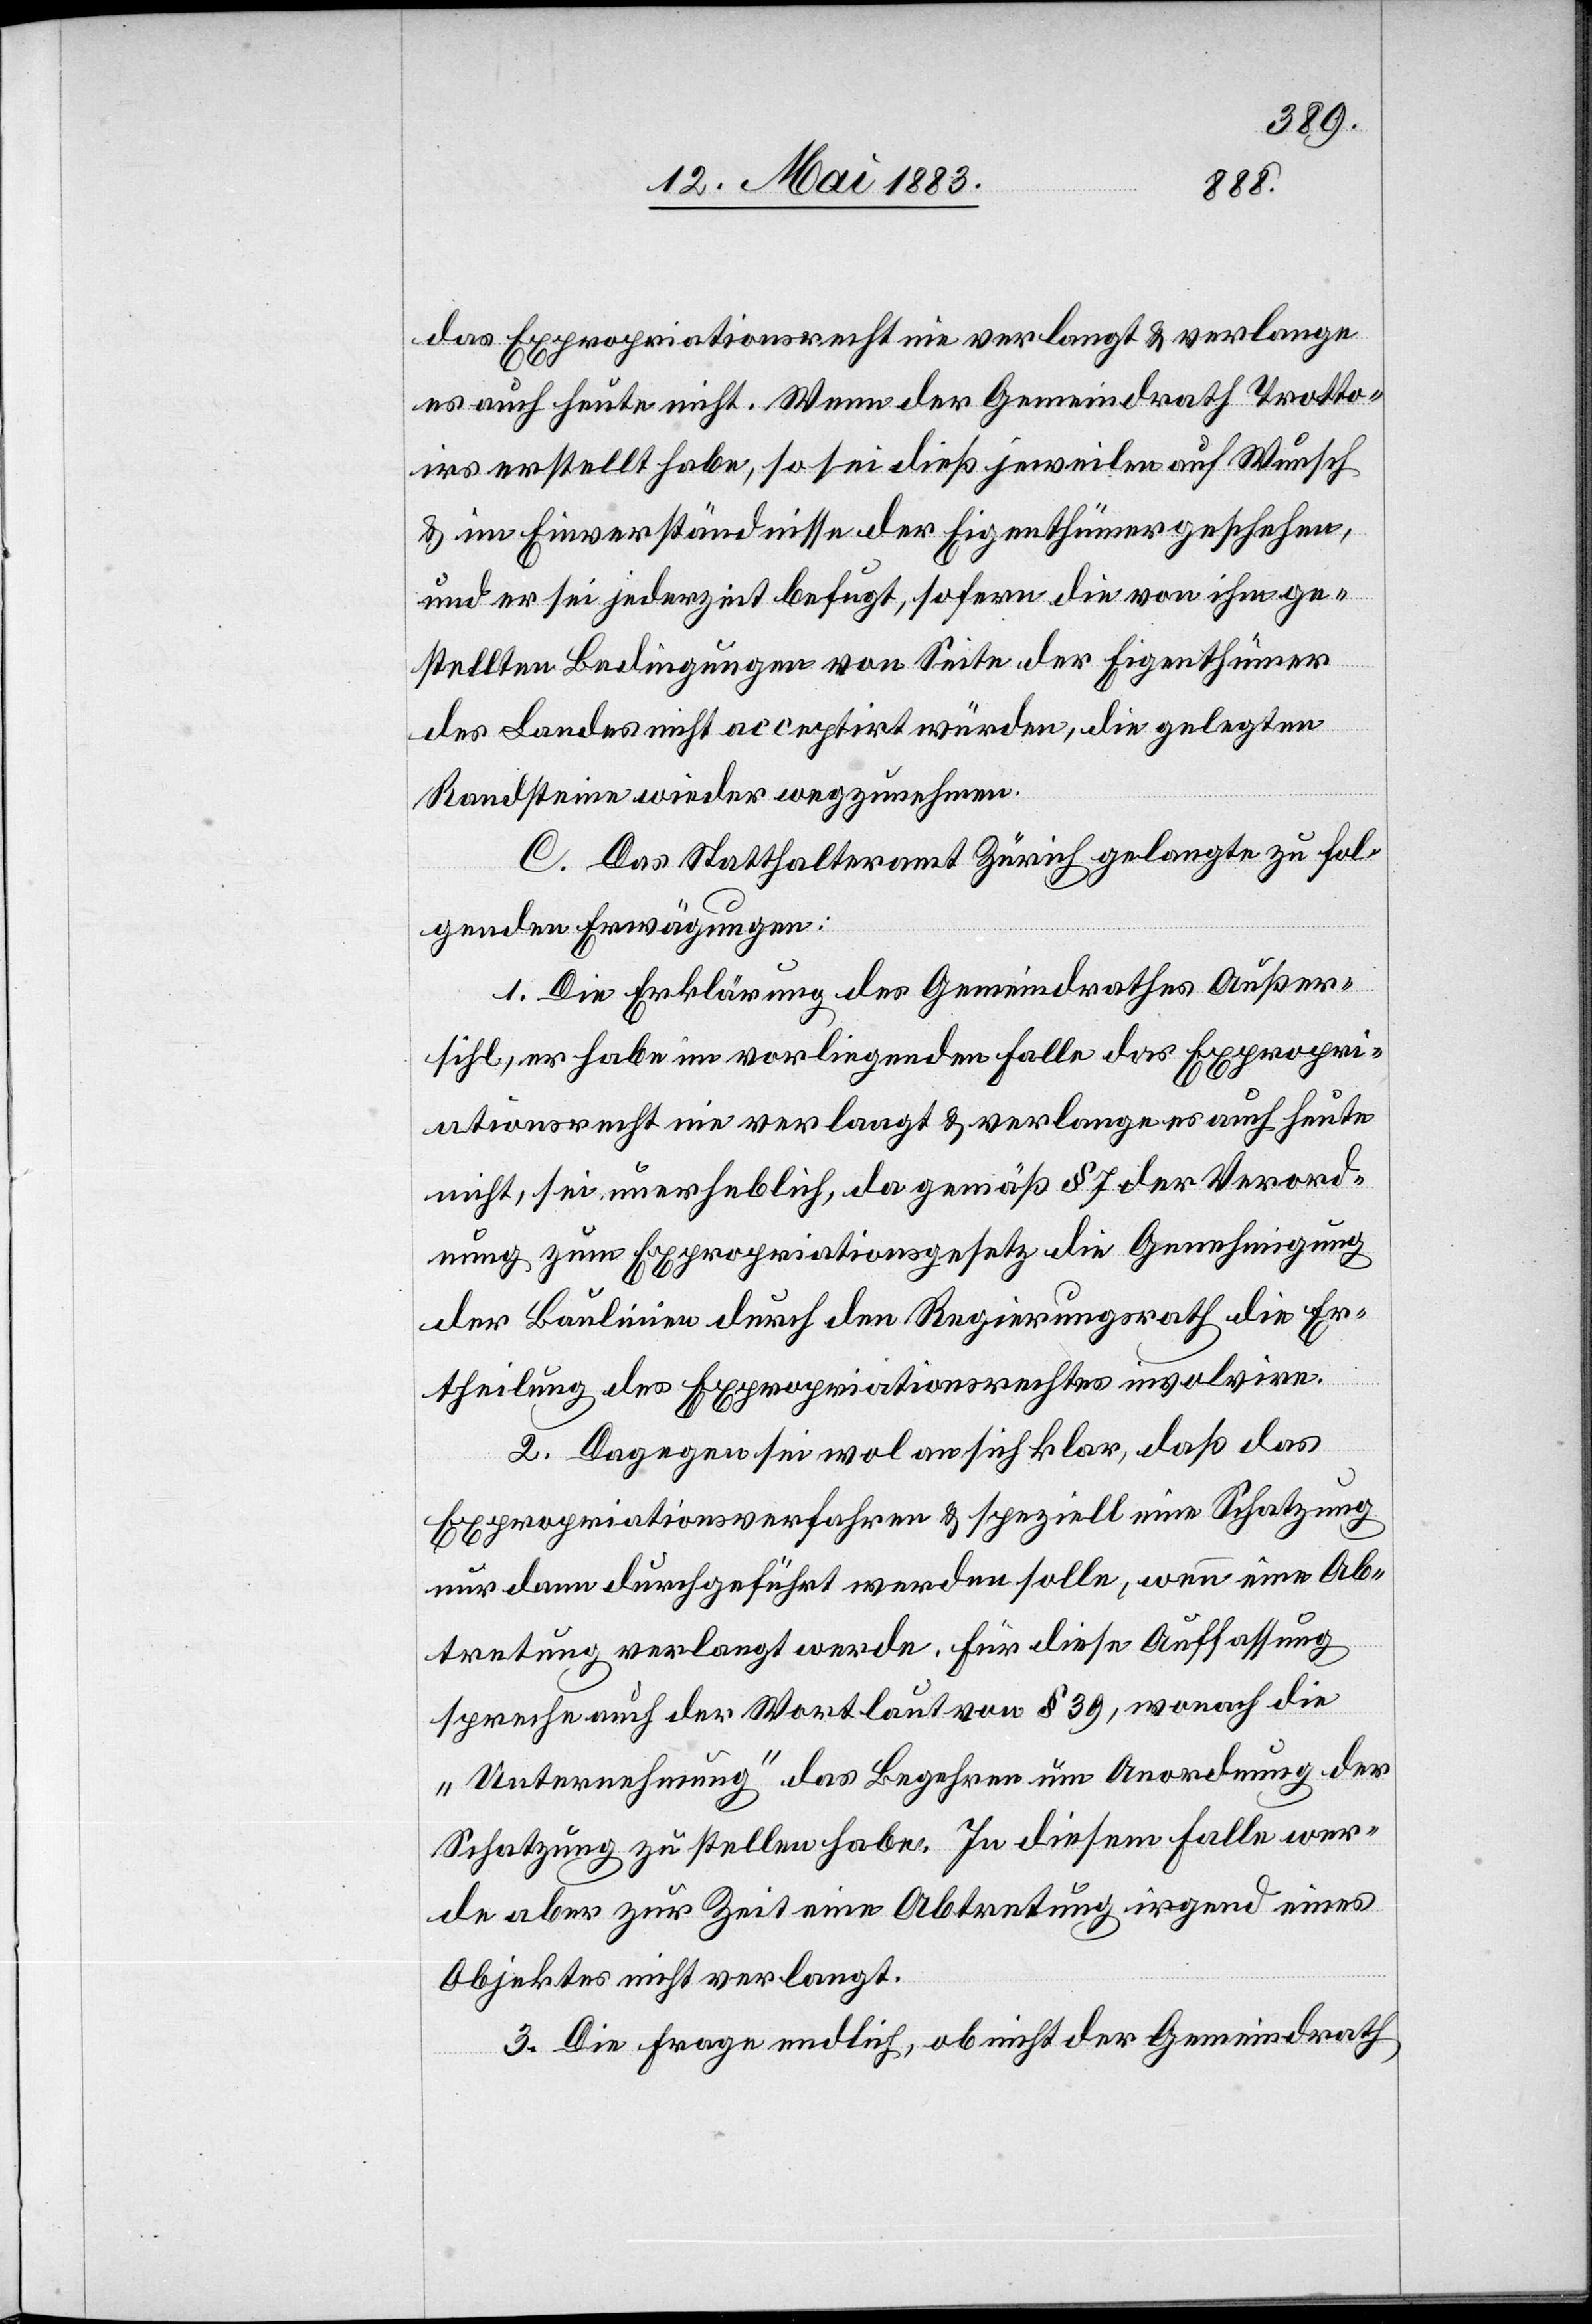
das Expropriationsrecht nie verlangt & verlange
es auch heute nicht. Wenn der Gemeindrath Trotto¬
irs erstellt habe, so sei dieß jeweilen auf Wunsch
& im Einverständnisse der Eigenthümer geschehen,
und er sei jederzeit befugt, sofern die von ihm ge¬
stellten Bedingungen von Seite der Eigenthümer
des Landes nicht acceptirt würden, die gelegten
Randsteine wieder wegzunehmen.
C. Das Statthalteramt Zürich gelangte zu fol¬
genden Erwägungen:
1. Die Erklärung des Gemeindrathes Außer¬
sihl, er habe im vorliegenden Falle das Expropri¬
ationsrecht nie verlangt & verlange es auch heute
nicht, sei unerheblich, da gemäß § 7 der Verord¬
nung zum Expropriationsgesetz an die Genehmigung
der Baulinie durch den Regierungsrath die Er¬
theilung des Expropriationsrechtes involvire.
2. Dagegen sei wol an sich klar, daß das
Expropriationsverfahren & speziell eine Schatzung
nur dann durchgeführt werden solle, wenn eine Ab¬
tretung verlangt werde. Für diese Auffassung
spreche auch der Wortlaut von § 39, wonach die
„Unternehmung“ das Begehren um Anordnung der
Schatzung zu stellen habe. In diesem Falle wer¬
de aber zur Zeit eine Abtretung irgend eines
Objektes nicht verlangt.
3. Die Frage endlich, ob nicht der Gemeindrath